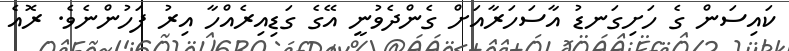
ކައިސަން ގެ ހަށިގަނޑު އާސަހަރާއަށް ގެންދެވުނީ އޭގެ ގަޑިއިރެއްހާ އިރު ފަހުންނެވެ. ރޮއެ